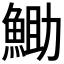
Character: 𮫼